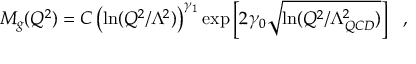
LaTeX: M _ { g } ( Q ^ { 2 } ) = C \left( \ln ( Q ^ { 2 } / \Lambda ^ { 2 } ) \right) ^ { \gamma _ { 1 } } \exp \left[ 2 \gamma _ { 0 } \sqrt { \ln ( Q ^ { 2 } / \Lambda _ { Q C D } ^ { 2 } ) } \right] ~ ~ ,